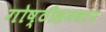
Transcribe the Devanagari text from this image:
गोष्ठीसमवाय